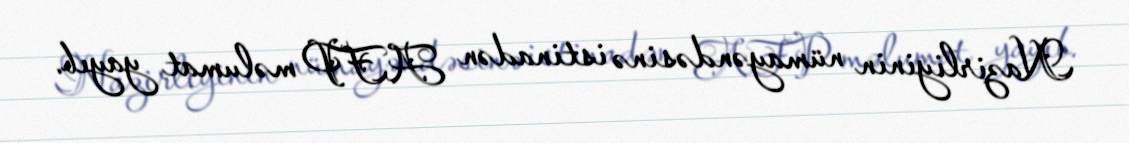
Nazirliyinin nümayəndəsinə istinadən AFP məlumat yayıb.